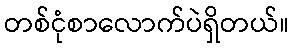
တစ်ငုံစာလောက်ပဲရှိတယ်။